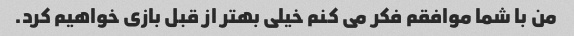
من با شما موافقم فکر می کنم خیلی بهتر از قبل بازی خواهیم کرد.